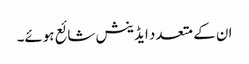
ان کے متعدد ایڈینش شائع ہوئے۔